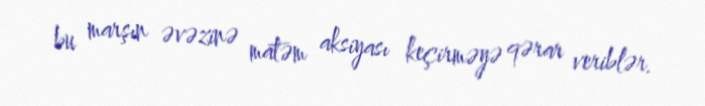
bu marşın əvəzinə matəm aksiyası keçirməyə qərar veriblər.